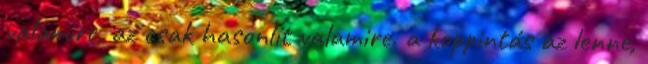
valamire, az csak hasonlít valamire. a koppintás az lenne,